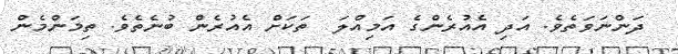
ދަންނަވަތެވެ. އަދި އެއުރެންގެ އަމިއްލަ  ތަކަށް އެއުރެން ބުނެތެވެ. ތިމަންމެން